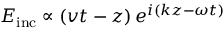
E _ { \mathrm { i n c } } \propto \left( v t - z \right) e ^ { i \left( k z - \omega t \right) }